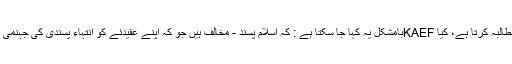
"خود سے نفرت کرنے والے ملسمانوں" سے کس قسم کا مطالبہ کرتا ہے، کیا KAEFبامشکل یہ کہا جا سکتا ہے : کہ اسلام پسند - مخالف ہیں جو کہ اپنے عقیدئے کو انتہاء پسندی کی جہنمی – سوراخ سے واپس لانے کے لیے کی پراسرار بدمعاشی۔